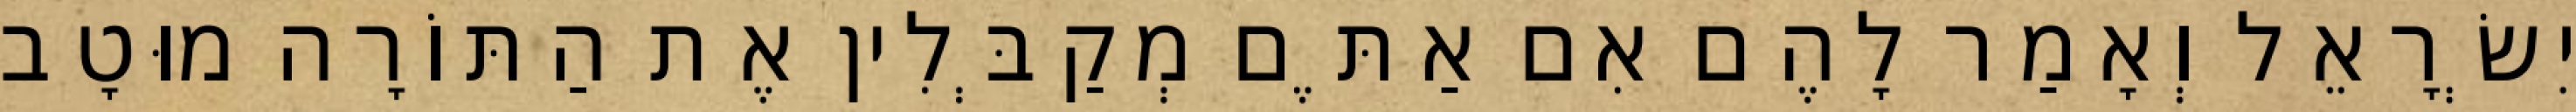
יִשְׂרָאֵל וְאָמַר לָהֶם אִם אַתֶּם מְקַבְּלִין אֶת הַתּוֹרָה מוּטָב